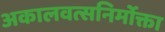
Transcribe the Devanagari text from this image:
अकालवत्सनिर्मोक्ता